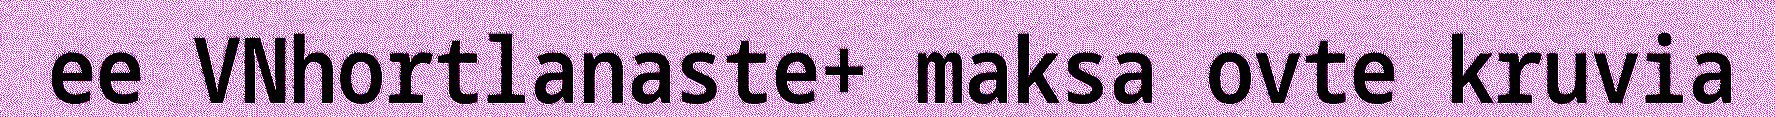
ee VNhortlanaste+ maksa ovte kruvia